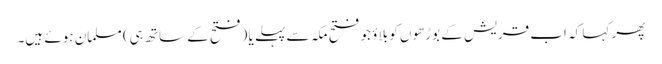
پھر کہا کہ اب قریش کے بوڑھوں کو بلاؤ جو فتح مکہ سے پہلے یا (فتح کے ساتھ ہی) مسلمان ہوئے ہیں۔